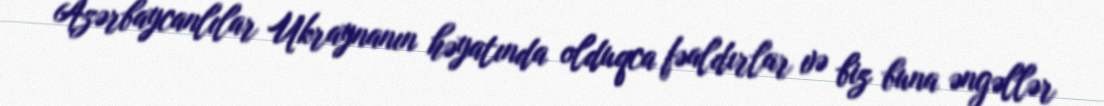
Azərbaycanlılar Ukraynanın həyatında olduqca fəaldırlar və biz buna əngəllər